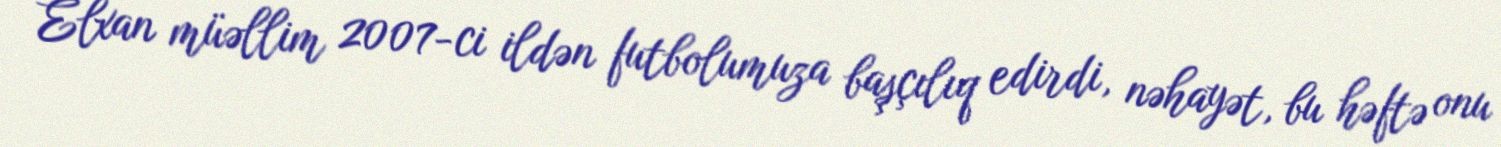
Elxan müəllim 2007-ci ildən futbolumuza başçılıq edirdi, nəhayət, bu həftə onu